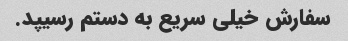
سفارش خیلی سریع به دستم رسیپد.